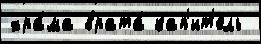
хра́ма врата́ кап'ит'ель